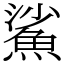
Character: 鯊